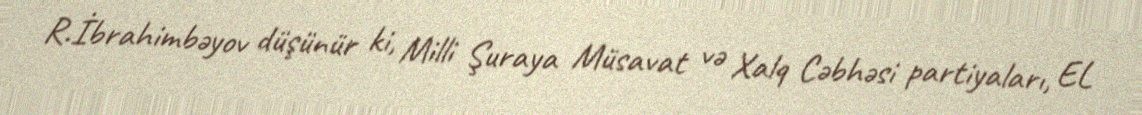
R.İbrahimbəyov düşünür ki, Milli Şuraya Müsavat və Xalq Cəbhəsi partiyaları, EL